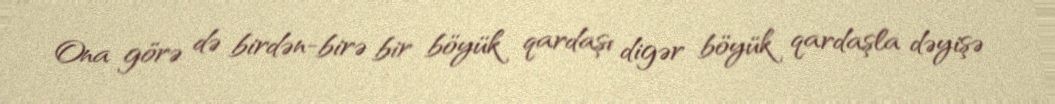
Ona görə də birdən-birə bir böyük qardaşı digər böyük qardaşla dəyişə